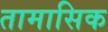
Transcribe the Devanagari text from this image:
तामासिक